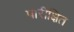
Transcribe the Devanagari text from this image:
पारीक्षित